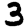
Digit: 3